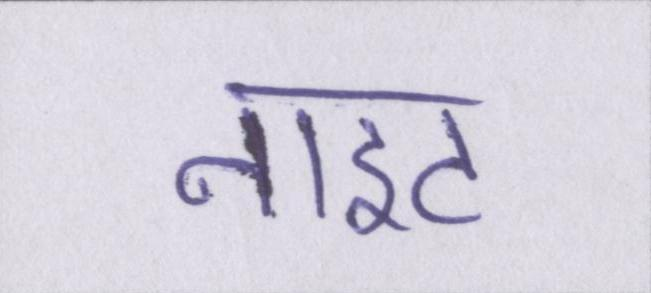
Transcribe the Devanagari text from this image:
नाइट